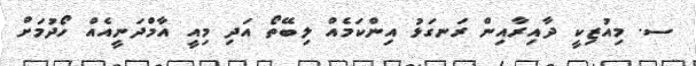
ސ. މިއުޒިކީ ދާއިރާއިން ރަނގަޅު އިންކަމެއް ލިބޭތޯ އަދި މިއީ އާމްދަނީއެއް ހޯދުމަށް